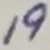
Text: 19